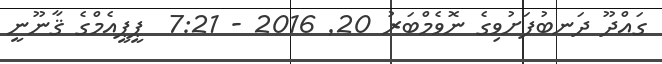
ގައްދޫ ދަނބުފަށުވިގެ ނޮވެމްބަރު 20